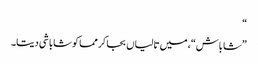
“
”شاباش“، میں تالیاں بجا کر مما کو شاباشی دیتا۔